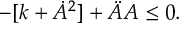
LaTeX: - [ k + \dot { A } ^ { 2 } ] + \ddot { A } A \leq 0 .